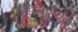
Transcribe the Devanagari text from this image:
मोघलांपर्यंत